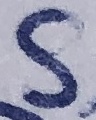
Text: S1